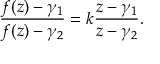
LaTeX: { \frac { f ( z ) - \gamma _ { 1 } } { f ( z ) - \gamma _ { 2 } } } = k { \frac { z - \gamma _ { 1 } } { z - \gamma _ { 2 } } } .